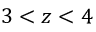
3 < z < 4